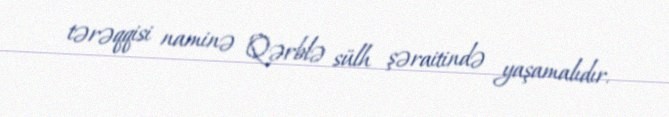
tərəqqisi naminə Qərblə sülh şəraitində yaşamalıdır.